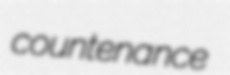
countenance